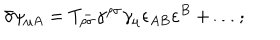
\delta \psi _ { \mu A } = T _ { \rho \sigma } ^ { - } \gamma ^ { \rho \sigma } \gamma _ { \mu } \epsilon _ { A B } \varepsilon ^ { B } + \ldots ;